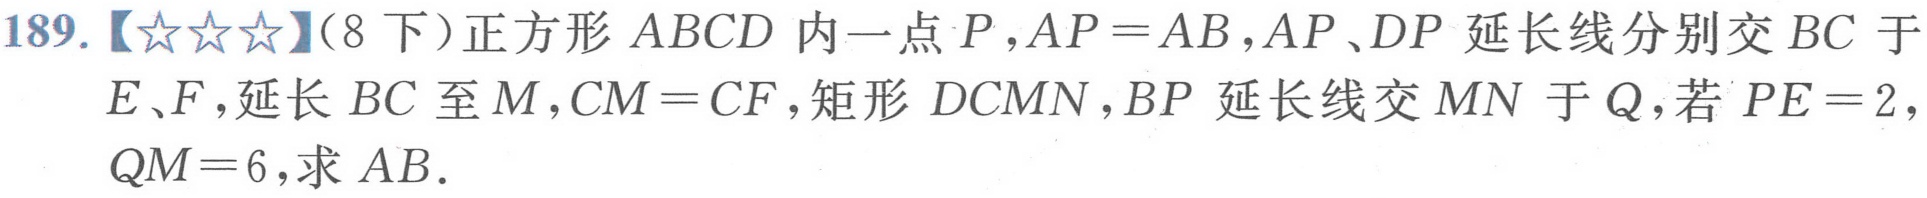
189.【★★★】（8下）正方形 \(ABCD\) 内一点 \(P\)，\(AP = AB\)，\(AP、DP\) 延长线分别交 \(BC\) 于 \(E、F\)，延长 \(BC\) 至 \(M\)，\(CM = CF\)，矩形 \(DCMN\)，\(BP\) 延长线交 \(MN\) 于 \(Q\)，若 \(PE = 2\)，\(QM = 6\)，求 \(AB\)．